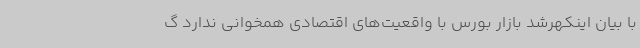
با بیان اینکهرشد بازار بورس با واقعیت‌های اقتصادی همخوانی ندارد گ